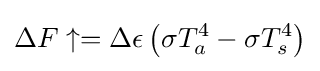
\Delta F\uparrow =\Delta \epsilon \left(\sigma T_{a}^{4}-\sigma T_{s}^{4}\right)